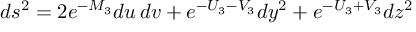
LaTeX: d s ^ { 2 } = 2 e ^ { - M _ { 3 } } d u \, d v + e ^ { - U _ { 3 } - V _ { 3 } } d y ^ { 2 } + e ^ { - U _ { 3 } + V _ { 3 } } d z ^ { 2 }